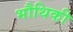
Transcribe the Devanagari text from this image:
भौथिकी